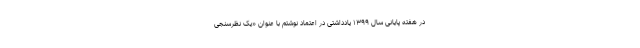
در هفته پایانی سال ۱۳۹۹ یادداشتی در اعتماد نوشتم با عنوان «یک نظرسنجی